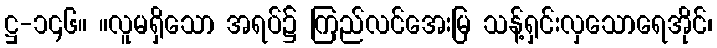
ဋ္ဌ-၁၄၆။ ။လူမရှိသော အရပ်၌ ကြည်လင်အေးမြ သန့်ရှင်းလှသောရေအိုင်၊